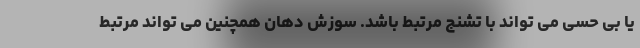
یا بی حسی می تواند با تشنج مرتبط باشد. سوزش دهان همچنین می تواند مرتبط